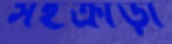
সহক্রীড়া